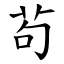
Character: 茍